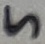
Text: 5